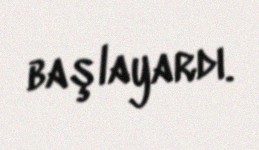
başlayardı.